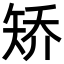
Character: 矫